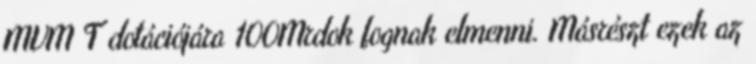
MVM T dotációjára 100Mrdok fognak elmenni. Másrészt ezek az